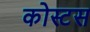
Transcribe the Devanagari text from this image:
कोस्टस